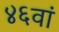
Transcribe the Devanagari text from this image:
४६वां